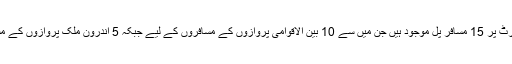
نئے انٹرنیشنل ایئرپورٹ پر 15 مسافر پل موجود ہیں جن میں سے 10 بین الاقوامی پروازوں کے مسافروں کے لیے جبکہ 5 اندرونِ ملک پروازوں کے مسافروں کے لیے ہیں۔